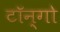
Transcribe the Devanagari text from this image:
टॉन्गो